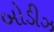
બોડીઝ